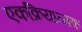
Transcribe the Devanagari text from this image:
एकक्रियात्मक